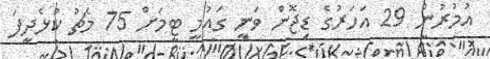
އުމުރުން 29 އަހަރުގެ ޑިޖޮން ވަނީ ގައުމީ ޓީމަށް 75 މެޗު ކުޅެދީފަ